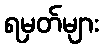
ရမှတ်များ